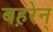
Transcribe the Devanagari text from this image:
बह़रेन्